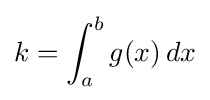
k=\int _{a}^{b}g(x)\,dx